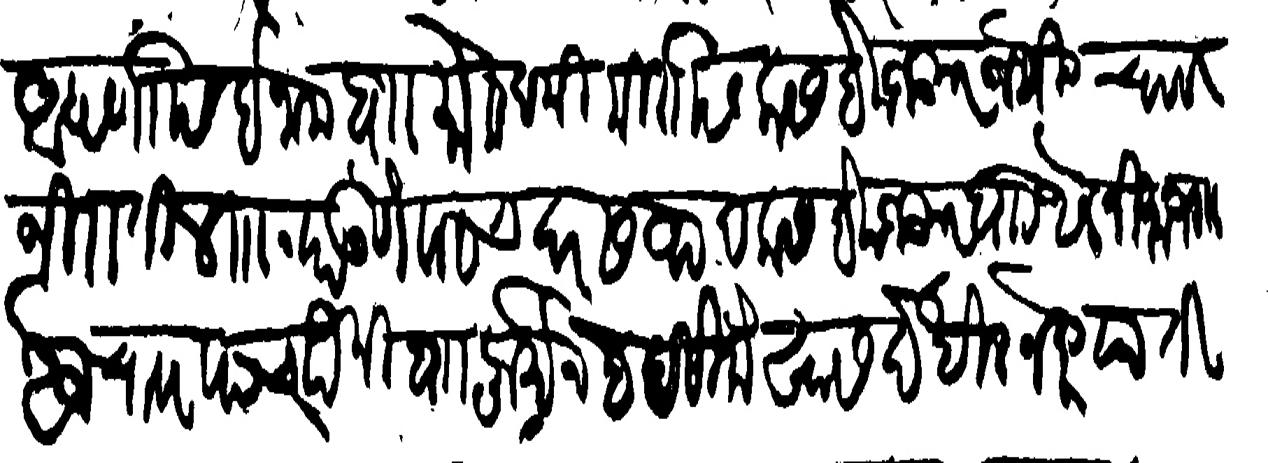
Transliteration (Devanagari): आपणासि इनाम बाा मोकदमी मीरासि कसबे मजकूर जमीन चावर जिराती ४ पाउणेपाच दर सवाद कसबे मजकूर वाा थल निमजगा अज चावर पात्र पैकी बाा फर्मान हद सिके खास देखील नख्तयाती